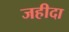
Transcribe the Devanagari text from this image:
जहीदा